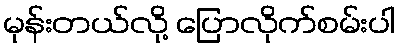
မုန်းတယ်လို့ ပြောလိုက်စမ်းပါ